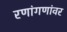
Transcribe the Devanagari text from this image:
रणांगणांवर